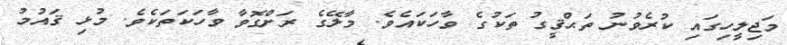
މަޖިލީހިގައި ކުރެވުނު ތަޙްޤީގު ތަކުގެ ވާހަކައެވެ. މާލޭގެ ރަށްގޮވާ ވާހަކަތަކެވެ. މުޅި ޤައުމު